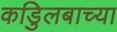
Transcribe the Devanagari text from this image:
कडुिलबाच्या